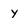
Character: y